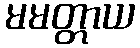
မမတ္တာယ